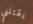
يقتلني